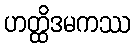
ဟတ္ထိဒမကဿ